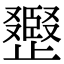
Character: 𣦪